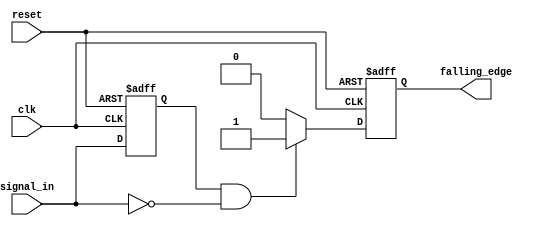
module falling_edge_detector (
    input wire clk,              // Clock input
    input wire reset,            // Reset input
    input wire signal_in,        // Input signal to monitor
    output reg falling_edge      // Output signal indicating falling edge
);

    reg previous_state;          // Memory block to store previous state of signal_in

    // Always block to handle edge detection and state storage
    always @(posedge clk or posedge reset) begin
        if (reset) begin
            previous_state <= 1'b0; // Initialize previous state to 0 on reset
            falling_edge <= 1'b0;    // Initialize falling_edge output to 0
        end else begin
            // Falling edge detection logic
            falling_edge <= (previous_state == 1'b1 && signal_in == 1'b0) ? 1'b1 : 1'b0;
            previous_state <= signal_in; // Update previous state with current input
        end
    end

endmodule